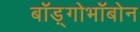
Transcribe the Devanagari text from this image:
बाॅड़्गोभाॅबोन